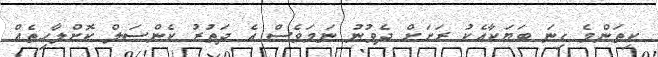
ކިތަންމެ ގިނަ ބަޔަކާއެކު ރަށަށް ދެވުނު ނަމަވެސް އެ ދަތުރު ކެންސަލް ކޮށްލާހިތެއް